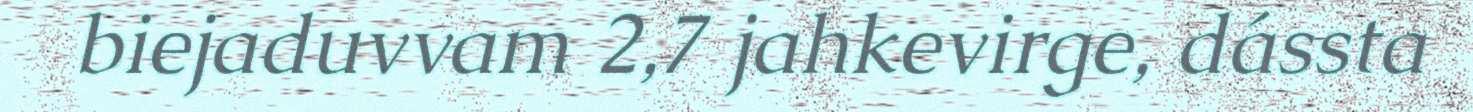
biejaduvvam 2,7 jahkevirge, dássta